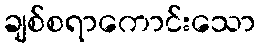
ချစ်စရာကောင်းသော